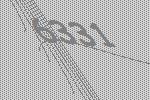
6331